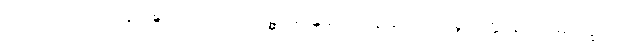
ရာဇမဟေသိဋ္ဌာနေ ဝဍ္ဎိတကာလော သဉ္ဆာဒေန္တိ ဒေါသဋ္ဌာနိယော ပစ္စာမိတ္တာနံ အဂ္ဂမဂ္ဂက္ခဏေ